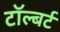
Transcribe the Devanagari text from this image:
टॉल्बर्ट